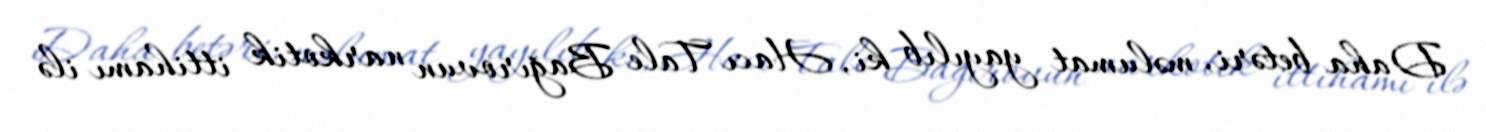
Daha betəri, məlumat yayılıb ki, Hacı Tale Bağırovun narkotik ittihamı ilə